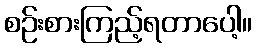
စဉ်းစားကြည့်ရတာပေါ့။